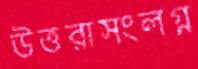
উত্তরাসংলগ্ন